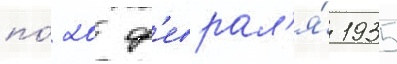
по́ 20 ф'еврал'я́ 1935